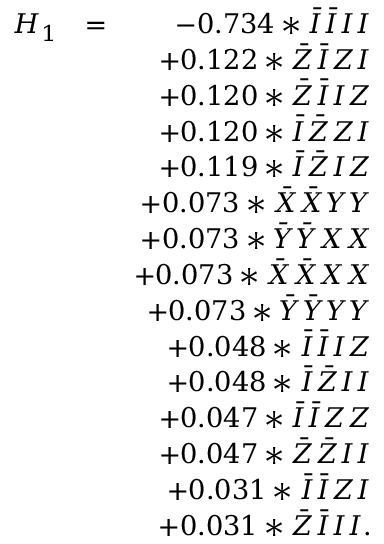
\begin{array} { r l r } { H _ { 1 } } & { = } & { - 0 . 7 3 4 * \bar { I } \bar { I } I I } \\ & { } & { + 0 . 1 2 2 * \bar { Z } \bar { I } Z I } \\ & { } & { + 0 . 1 2 0 * \bar { Z } \bar { I } I Z } \\ & { } & { + 0 . 1 2 0 * \bar { I } \bar { Z } Z I } \\ & { } & { + 0 . 1 1 9 * \bar { I } \bar { Z } I Z } \\ & { } & { + 0 . 0 7 3 * \bar { X } \bar { X } Y Y } \\ & { } & { + 0 . 0 7 3 * \bar { Y } \bar { Y } X X } \\ & { } & { + 0 . 0 7 3 * \bar { X } \bar { X } X X } \\ & { } & { + 0 . 0 7 3 * \bar { Y } \bar { Y } Y Y } \\ & { } & { + 0 . 0 4 8 * \bar { I } \bar { I } I Z } \\ & { } & { + 0 . 0 4 8 * \bar { I } \bar { Z } I I } \\ & { } & { + 0 . 0 4 7 * \bar { I } \bar { I } Z Z } \\ & { } & { + 0 . 0 4 7 * \bar { Z } \bar { Z } I I } \\ & { } & { + 0 . 0 3 1 * \bar { I } \bar { I } Z I } \\ & { } & { + 0 . 0 3 1 * \bar { Z } \bar { I } I I . } \end{array}